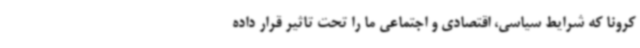
کرونا که شرایط سیاسی، اقتصادی و اجتماعی ما را تحت تاثیر قرار داده